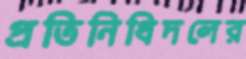
প্রতিনিধিদলের